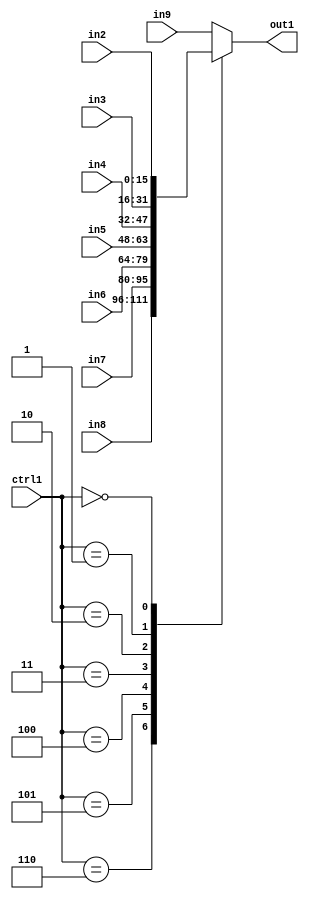
`timescale 1ps / 1ps
/*****************************************************************************
    Verilog RTL Description
    
    
    Created by: Stratus DpOpt 21.05.01 
*******************************************************************************/

module dut_N_Mux_16_8_23_4 (
	in9,
	in8,
	in7,
	in6,
	in5,
	in4,
	in3,
	in2,
	ctrl1,
	out1
	); /* architecture "behavioural" */ 
input [15:0] in9,
	in8,
	in7,
	in6,
	in5,
	in4,
	in3,
	in2;
input [2:0] ctrl1;
output [15:0] out1;
wire [15:0] asc001;

reg [15:0] asc001_tmp_0;
assign asc001 = asc001_tmp_0;
always @ (ctrl1 or in8 or in7 or in6 or in5 or in4 or in3 or in2 or in9) begin
	case (ctrl1)
		3'B110 : asc001_tmp_0 = in8 ;
		3'B101 : asc001_tmp_0 = in7 ;
		3'B100 : asc001_tmp_0 = in6 ;
		3'B011 : asc001_tmp_0 = in5 ;
		3'B010 : asc001_tmp_0 = in4 ;
		3'B001 : asc001_tmp_0 = in3 ;
		3'B000 : asc001_tmp_0 = in2 ;
		default : asc001_tmp_0 = in9 ;
	endcase
end

assign out1 = asc001;
endmodule

/* CADENCE  vbTzSA4= : u9/ySxbfrwZIxEzHVQQV8Q== ** DO NOT EDIT THIS LINE ******/